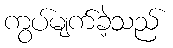
ကွပ်မျက်ခဲ့သည်